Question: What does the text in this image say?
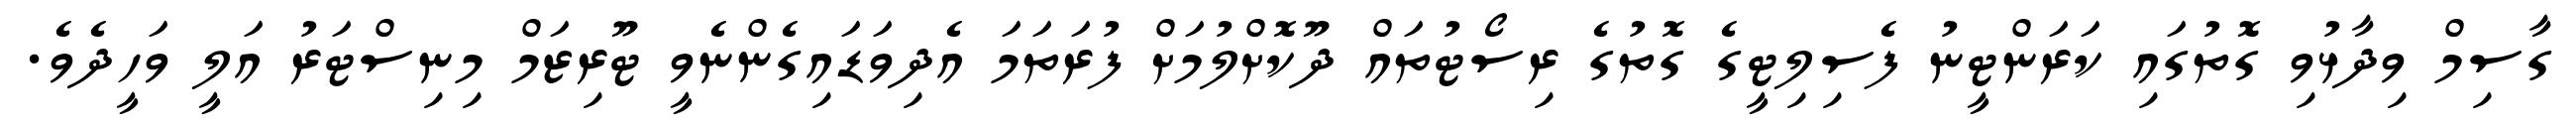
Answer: ގާސިމް ވިދާޅުވި ގޮތުގައި ކަރަންޓީނު ފެސިލިޓީގެ ގޮތުގެ ރިސޯޓުތައް ދޫކޮށްލުމަށް ފުރަތަމަ އެދިވަޑައިގެންނެވީ ޓޫރިޒަމް މިނިސްޓަރު އަލީ ވަހީދެވެ.